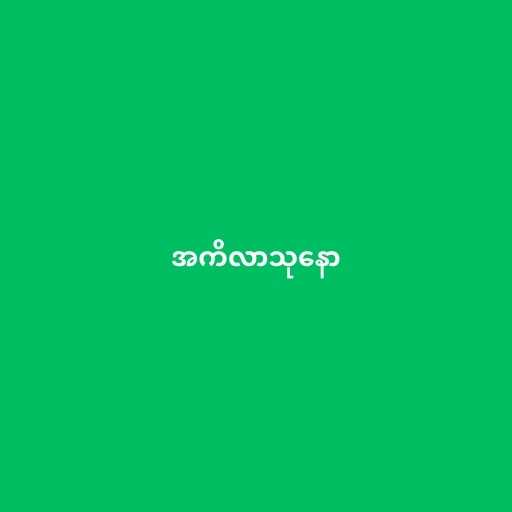
အကိလာသုနော